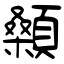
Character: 顙